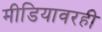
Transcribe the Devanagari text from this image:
मीडियावरही